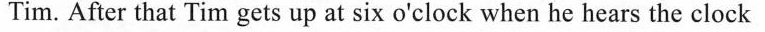
Tim. After that Tim gets up at six o'clock when he hears the clock